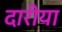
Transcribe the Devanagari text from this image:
दारीया